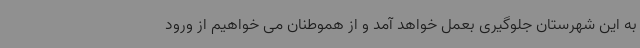
به این شهرستان جلوگیری بعمل خواهد آمد و از هموطنان می خواهیم از ورود